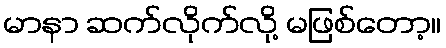
မာနာ ဆက်လိုက်လို့ မဖြစ်တော့။